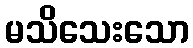
မသိသေးသော